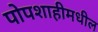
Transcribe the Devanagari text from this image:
पोपशाहीमधील